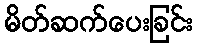
မိတ်ဆက်ပေးခြင်း